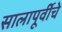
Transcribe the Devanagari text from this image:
सालापूर्वीचे